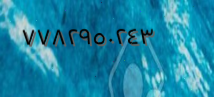
٧٧٨٢٩٥٠٢٤٣